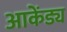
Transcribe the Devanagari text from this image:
आकेंड्य